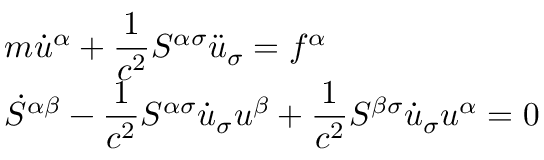
\begin{array} { l l } { { m \dot { u } ^ { \alpha } + \displaystyle \frac { 1 } { c ^ { 2 } } S ^ { \alpha \sigma } \ddot { u } _ { \sigma } = f ^ { \alpha } } } \\ { { \dot { S } ^ { \alpha \beta } - \displaystyle \frac { 1 } { c ^ { 2 } } S ^ { \alpha \sigma } \dot { u } _ { \sigma } u ^ { \beta } + \displaystyle \frac { 1 } { c ^ { 2 } } S ^ { \beta \sigma } \dot { u } _ { \sigma } u ^ { \alpha } = 0 } } \end{array}